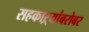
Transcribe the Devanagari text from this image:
सहकाऱ्यांबरोबर